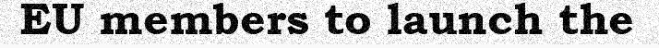
EU members to launch the